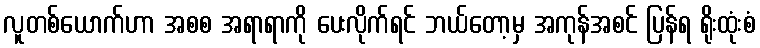
လူတစ်ယောက်ဟာ အစစ အရာရာကို ပေးလိုက်ရင် ဘယ်တော့မှ အကုန်အစင် ပြန်ရ ရိုးထုံးစံ